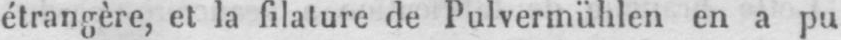
étrangère, et la filature de Pulvermühlen en a pu